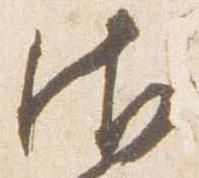
御